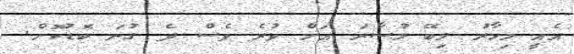
އެއީ މިހާރު ލިބޭ މުސާރަ އަށް ވުރެ ވެސް ދެ ގުނަ ބޮޑުކޮށް.